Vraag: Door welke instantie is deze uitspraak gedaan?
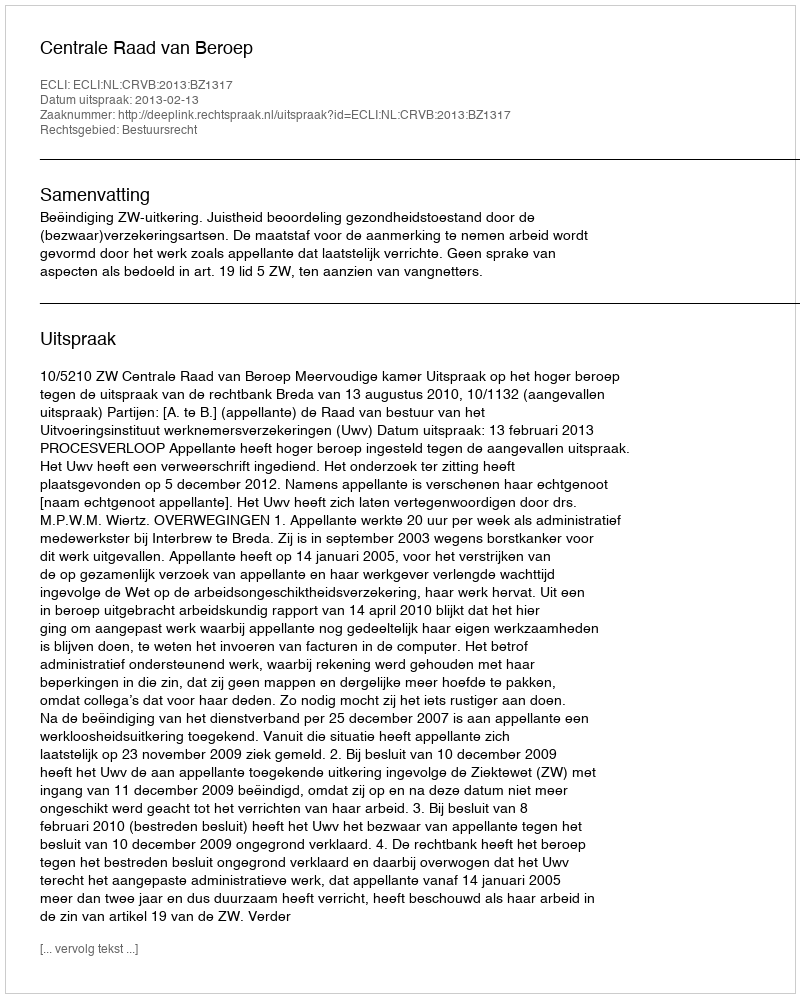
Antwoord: Centrale Raad van Beroep